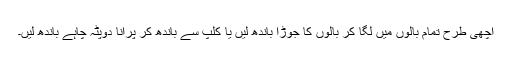
اچھی طرح تمام بالوں میں لگا کر بالوں کا جوڑا باندھ لیں یا کلپ سے باندھ کر پرانا دوپٹہ چاہے باندھ لیں۔